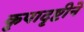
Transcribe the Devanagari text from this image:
कृपादृष्टीने